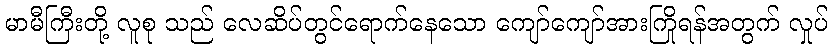
မာမီကြီးတို့ လူစု သည် လေဆိပ်တွင်ရောက်နေသော ကျော်ကျော်အားကြိုရန်အတွက် လှုပ်